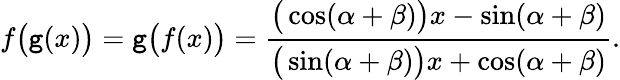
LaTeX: f{\big(}\mathtt{g}(x){\big)}=\mathtt{g}{\big(}f(x){\big)}={\frac{{{\big(}\cos(\alpha+\beta){\big)}x-\sin(\alpha+\beta)}}{{{\big(}\sin(\alpha+\beta){\big)}x+\cos(\alpha+\beta)}}}.